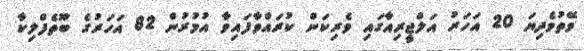
ވޭތުވެދިޔަ 20 އަހަރު އަލްޖީރިއާގައި ވެރިކަން ކުރައްވާފައިވާ އުމުރުން 82 އަހަރުގެ ބޫތެފްލިކާ